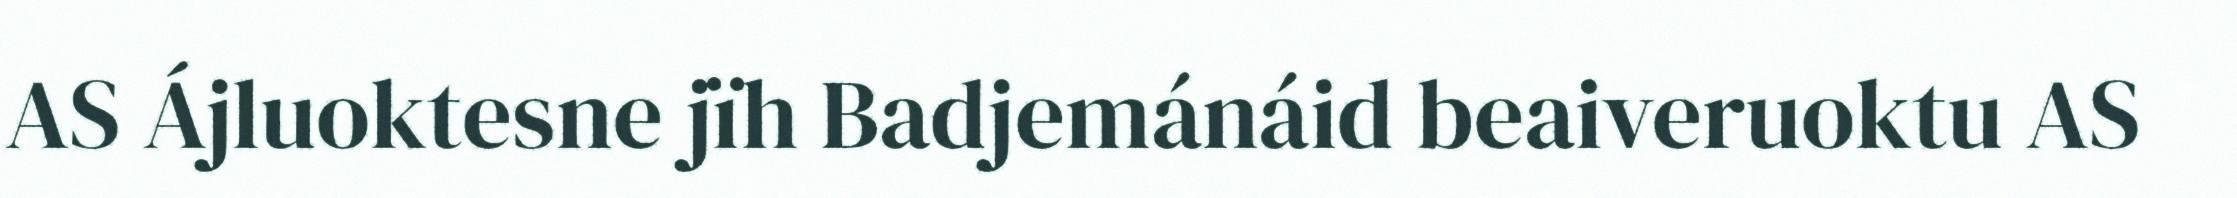
AS Ájluoktesne jïh Badjemánáid beaiveruoktu AS